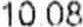
10.08